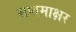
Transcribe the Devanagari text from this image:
सप्तमाक्षर